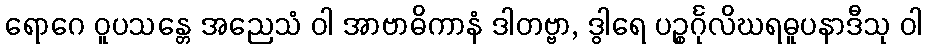
ရောဂေ ဝူပသန္တေ အညေသံ ဝါ အာဗာဓိကာနံ ဒါတဗ္ဗာ, ဒွါရေ ပဉ္စင်္ဂုလိဃရဓူပနာဒီသု ဝါ